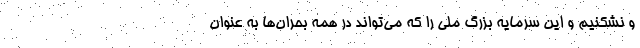
و نشکنیم و این سرمایه بزرگ ملی را که می‌تواند در همه بحران‌ها به عنوان